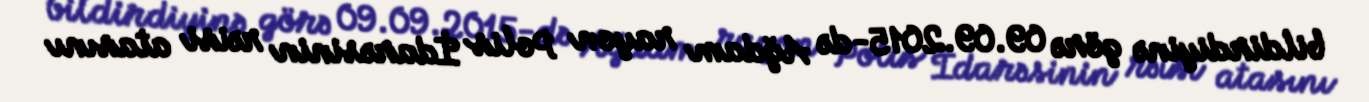
bildirdiyinə görə 09.09.2015-də Ağdam rayon Polis İdarəsinin rəisi atasını